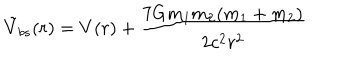
\tilde { V } _ { b s } ( r ) = V ( r ) + { \frac { 7 G m _ { 1 } m _ { 2 } ( m _ { 1 } + m _ { 2 } ) } { 2 c ^ { 2 } r ^ { 2 } } }